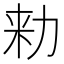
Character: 𠡠